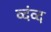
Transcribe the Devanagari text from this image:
व्दंव्द